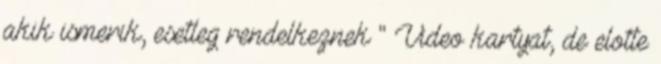
akik ismerik, esetleg rendelkeznek " Video kartyat, de elotte